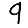
Digit: 9